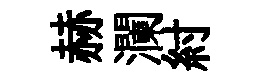
赫瀾紂